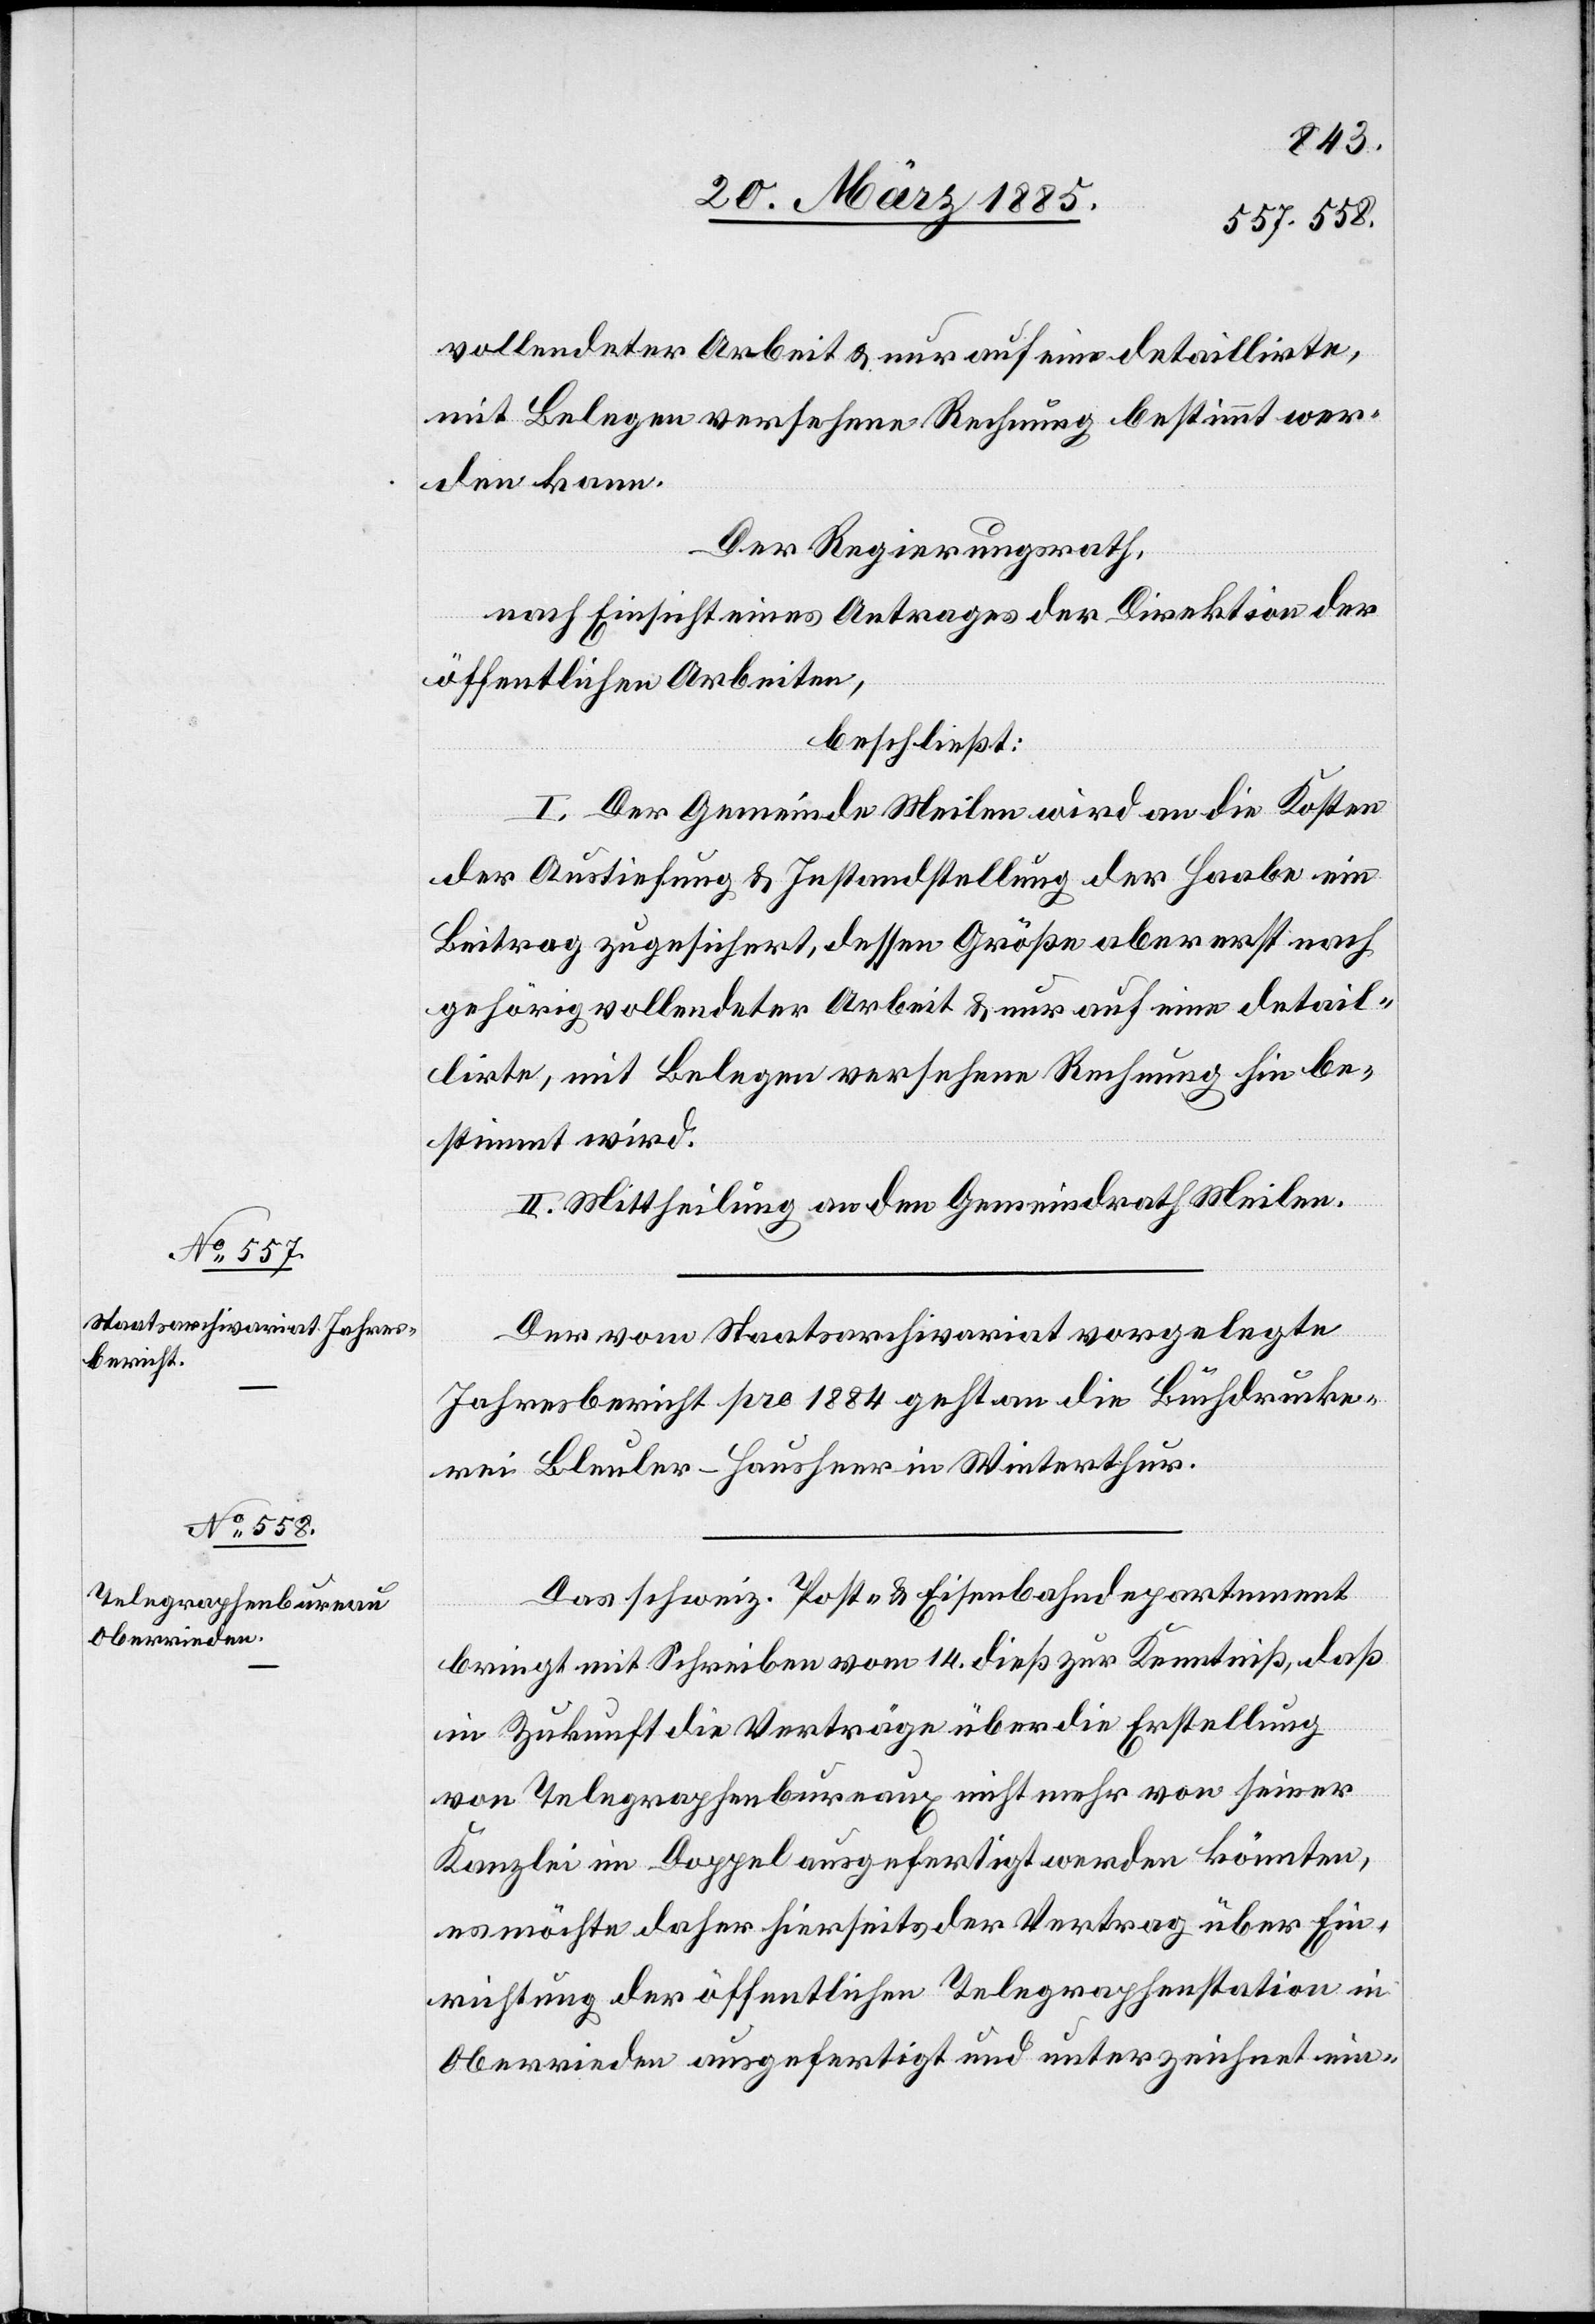
vollendeter Arbeit & nur auf eine detaillirte,
mit Belegen versehene Rechnung bestimmt wer¬
den kann.
Der Regierungsrath,
nach Einsicht eines Antrages der Direktion der
öffentlichen Arbeiten,
beschließt:
I. Der Gemeinde Meilen wird an die Kosten
der Austiefung & Instandstellung der Haabe ein
Beitrag zugesichert, dessen Größe aber erst nach
gehörig vollendeter Arbeit & nur auf eine detail¬
lirte, mit Belegen versehene Rechnung hin be¬
stimmt wird.
II. Mittheilung an den Gemeindrath Meilen.
Der vom Staatsarchivariat vorgelegte
Jahresbericht pro 1884 geht an die Buchdrucke¬
rei Bleuler-Hausheer in Winterthur.
Das schweiz. Post- & Eisenbahndepartement
bringt mit Schreiben vom 14. dieß zur Kenntniß, daß
in Zukunft die Verträge über die Erstellung
von Telegraphenbureaux nicht mehr von seiner
Kanzlei im Doppel ausgefertigt werden könnten,
es möchte daher hierseits der Vertrag über die
Einrichtung der öffentlichen Telegraphenstation in
Oberrieden ausgefertigt und unterzeichnet ein-